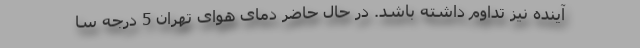
آینده نیز تداوم داشته باشد. در حال حاضر دمای هوای تهران 5 درجه سا